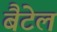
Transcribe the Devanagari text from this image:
बैटेल